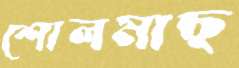
শোলমাছ